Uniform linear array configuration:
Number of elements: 8
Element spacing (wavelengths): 0.25
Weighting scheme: exponential
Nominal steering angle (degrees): -60
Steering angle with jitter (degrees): -60.597
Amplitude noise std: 0.05
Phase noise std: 0.05

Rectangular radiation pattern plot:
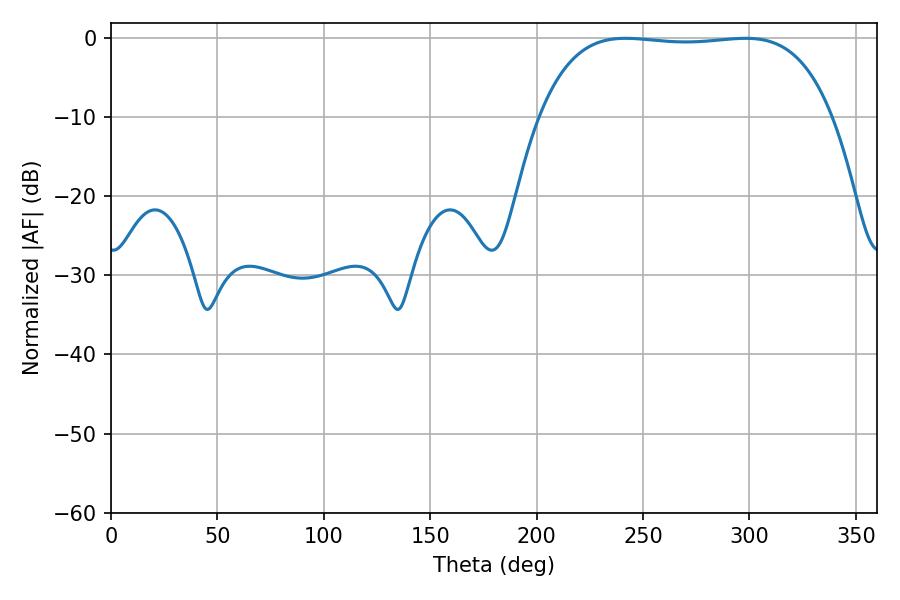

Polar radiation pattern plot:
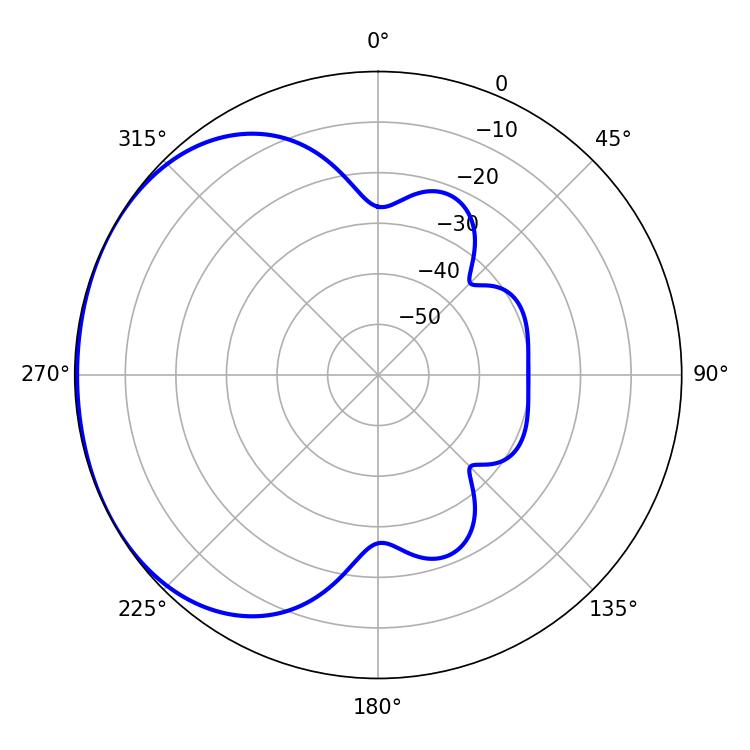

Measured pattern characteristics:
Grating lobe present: FALSE
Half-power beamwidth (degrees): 108.36
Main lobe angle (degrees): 241.74